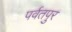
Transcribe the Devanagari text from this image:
पर्वतपुर